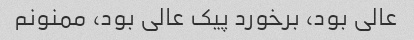
عالی بود، برخورد پیک عالی بود، ممنونم